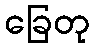
ခြေတု